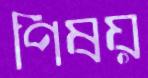
পিষয়